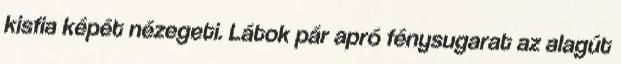
kisfia képét nézegeti. Látok pár apró fénysugarat az alagút